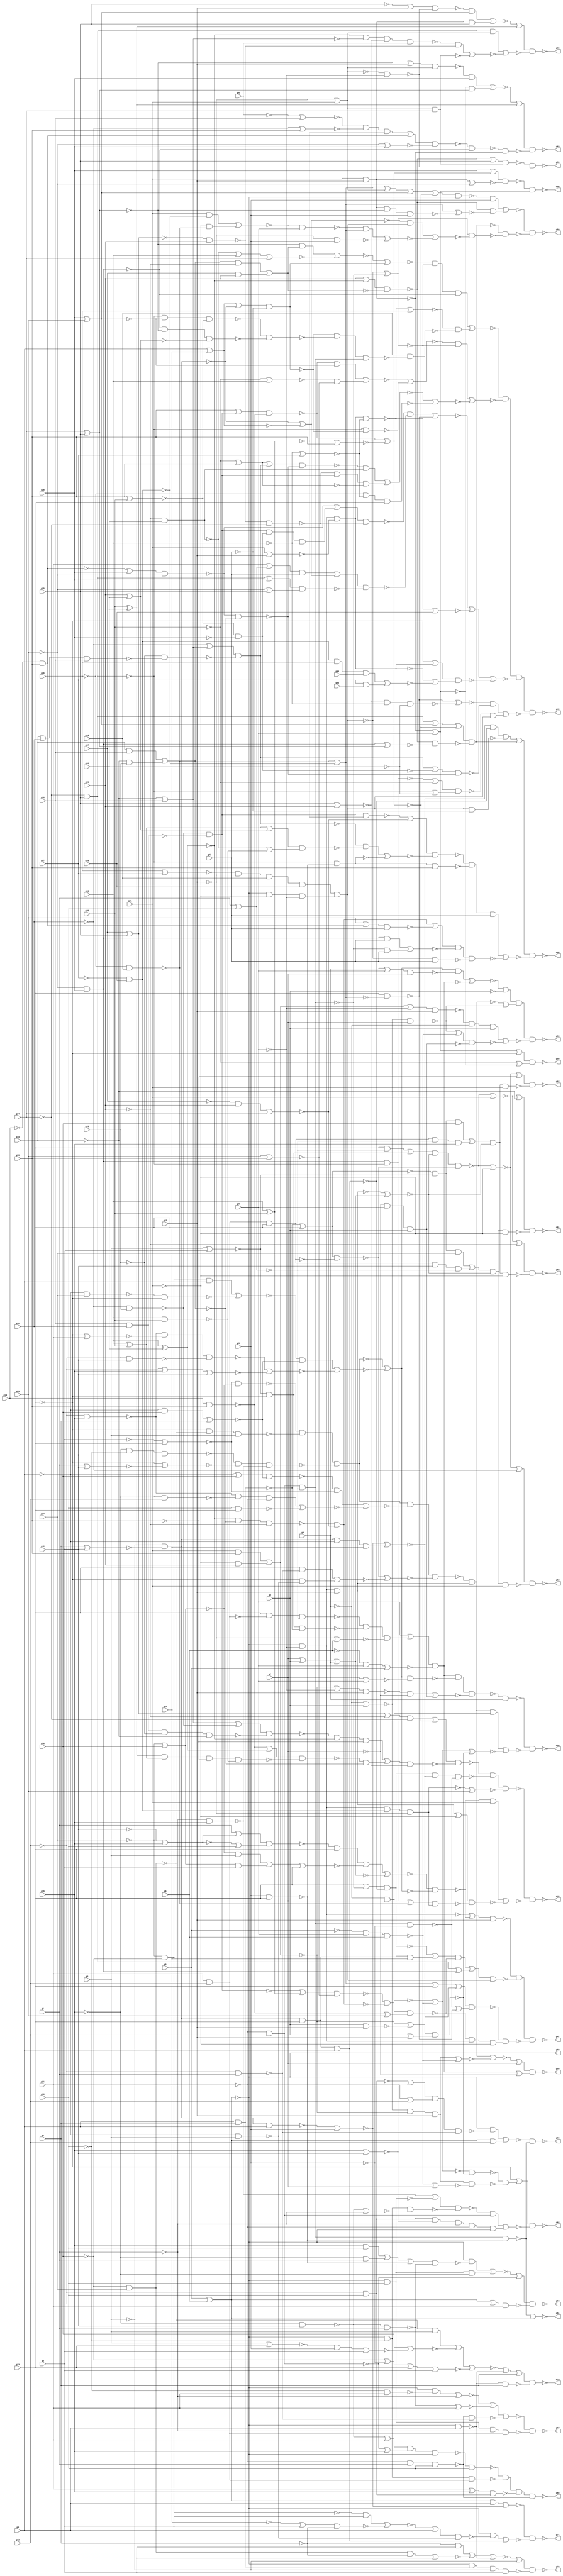
module top ( g0 , g1 , g2 , g3 , g4 , g5 , g6 , g7 , g8 , g9 , g10 , g11 , g12 , g13 , g14 , g15 , g16 , g17 , g18 , g19 , g20 , g21 , g22 , g23 , g24 , g25 , g26 , g27 , g28 , g29 , g30 , g31 , g32 , g33 , g34 , g35 , g36 , g37 , g38 , g39 , g40 , g41 , g42 , g43 , g44 , g45 , g46 , g47 , g48 , g49 , g50 , g51 , g52 , g53 , g54 , g55 , g56 , g57 , g58 , g59 , g60 , g61 , g62 , g63 , g64 , g65 , g66 , g67 , g68 , g69 , g70 , g71 , g72 );
input g0 , g1 , g2 , g3 , g4 , g5 , g6 , g7 , g8 , g9 , g10 , g11 , g12 , g13 , g14 , g15 , g16 , g17 , g18 , g19 , g20 , g21 , g22 , g23 , g24 , g25 , g26 , g27 , g28 , g29 , g30 , g31 , g32 , g33 , g34 , g35 , g36 , g37 , g38 , g39 , g40 , g41 , g42 , g43 , g44 , g45 ;
output g46 , g47 , g48 , g49 , g50 , g51 , g52 , g53 , g54 , g55 , g56 , g57 , g58 , g59 , g60 , g61 , g62 , g63 , g64 , g65 , g66 , g67 , g68 , g69 , g70 , g71 , g72 ;

wire n1 , n2 , n3 , n4 , n5 , n6 , n7 , n8 , n9 , 
     n10 , n11 , n12 , n13 , n14 , n15 , n16 , n17 , n18 , n19 , 
     n20 , n21 , n22 , n23 , n24 , n25 , n26 , n27 , n28 , n29 , 
     n30 , n31 , n32 , n33 , n34 , n35 , n36 , n37 , n38 , n39 , 
     n40 , n41 , n42 , n43 , n44 , n45 , n46 , n47 , n48 , n49 , 
     n50 , n51 , n52 , n53 , n54 , n55 , n56 , n57 , n58 , n59 , 
     n60 , n61 , n62 , n63 , n64 , n65 , n66 , n67 , n68 , n69 , 
     n70 , n71 , n72 , n73 , n74 , n75 , n76 , n77 , n78 , n79 , 
     n80 , n81 , n82 , n83 , n84 , n85 , n86 , n87 , n88 , n89 , 
     n90 , n91 , n92 , n93 , n94 , n95 , n96 , n97 , n98 , n99 , 
     n100 , n101 , n102 , n103 , n104 , n105 , n106 , n107 , n108 , n109 , 
     n110 , n111 , n112 , n113 , n114 , n115 , n116 , n117 , n118 , n119 , 
     n120 , n121 , n122 , n123 , n124 , n125 , n126 , n127 , n128 , n129 , 
     n130 , n131 , n132 , n133 , n134 , n135 , n136 , n137 , n138 , n139 , 
     n140 , n141 , n142 , n143 , n144 , n145 , n146 , n147 , n148 , n149 , 
     n150 , n151 , n152 , n153 , n154 , n155 , n156 , n157 , n158 , n159 , 
     n160 , n161 , n162 , n163 , n164 , n165 , n166 , n167 , n168 , n169 , 
     n170 , n171 , n172 , n173 , n174 , n175 , n176 , n177 , n178 , n179 , 
     n180 , n181 , n182 , n183 , n184 , n185 , n186 , n187 , n188 , n189 , 
     n190 , n191 , n192 , n193 , n194 , n195 , n196 , n197 , n198 , n199 , 
     n200 , n201 , n202 , n203 , n204 , n205 , n206 , n207 , n208 , n209 , 
     n210 , n211 , n212 , n213 , n214 , n215 , n216 , n217 , n218 , n219 , 
     n220 , n221 , n222 , n223 , n224 , n225 , n226 , n227 , n228 , n229 , 
     n230 , n231 , n232 , n233 , n234 , n235 , n236 , n237 , n238 , n239 , 
     n240 , n241 , n242 , n243 , n244 , n245 , n246 , n247 , n248 , n249 , 
     n250 , n251 , n252 , n253 , n254 , n255 , n256 , n257 , n258 , n259 , 
     n260 , n261 , n262 , n263 , n264 , n265 , n266 , n267 , n268 , n269 , 
     n270 , n271 , n272 , n273 , n274 , n275 , n276 , n277 , n278 , n279 , 
     n280 , n281 , n282 , n283 , n284 , n285 , n286 , n287 , n288 , n289 , 
     n290 , n291 , n292 , n293 , n294 , n295 , n296 , n297 , n298 , n299 , 
     n300 , n301 , n302 , n303 , n304 , n305 , n306 , n307 , n308 , n309 , 
     n310 , n311 , n312 , n313 , n314 , n315 , n316 , n317 , n318 , n319 , 
     n320 , n321 , n322 , n323 , n324 , n325 , n326 , n327 , n328 , n329 , 
     n330 , n331 , n332 , n333 , n334 , n335 , n336 , n337 , n338 , n339 , 
     n340 , n341 , n342 , n343 , n344 , n345 , n346 , n347 , n348 , n349 , 
     n350 , n351 , n352 , n353 , n354 , n355 , n356 , n357 , n358 , n359 , 
     n360 , n361 , n362 , n363 , n364 , n365 , n366 , n367 , n368 , n369 , 
     n370 , n371 , n372 , n373 , n374 , n375 , n376 , n377 , n378 , n379 , 
     n380 , n381 , n382 , n383 , n384 , n385 , n386 , n387 , n388 , n389 , 
     n390 , n391 , n392 , n393 , n394 , n395 , n396 , n397 , n398 , n399 , 
     n400 , n401 , n402 , n403 , n404 , n405 , n406 , n407 , n408 , n409 , 
     n410 , n411 , n412 , n413 , n414 , n415 , n416 , n417 , n418 , n419 , 
     n420 , n421 , n422 , n423 , n424 , n425 , n426 , n427 , n428 , n429 , 
     n430 , n431 , n432 , n433 , n434 , n435 , n436 , n437 , n438 , n439 , 
     n440 , n441 , n442 , n443 , n444 , n445 , n446 , n447 , n448 , n449 , 
     n450 , n451 , n452 , n453 , n454 , n455 , n456 , n457 , n458 , n459 , 
     n460 , n461 , n462 , n463 , n464 , n465 , n466 , n467 , n468 , n469 , 
     n470 , n471 , n472 , n473 , n474 , n475 , n476 , n477 , n478 , n479 , 
     n480 , n481 , n482 , n483 , n484 , n485 , n486 , n487 , n488 , n489 , 
     n490 , n491 , n492 , n493 , n494 , n495 , n496 , n497 , n498 , n499 , 
     n500 , n501 , n502 , n503 , n504 , n505 , n506 , n507 , n508 , n509 , 
     n510 , n511 , n512 , n513 , n514 , n515 , n516 , n517 , n518 , n519 , 
     n520 , n521 , n522 , n523 , n524 , n525 , n526 , n527 , n528 , n529 , 
     n530 , n531 , n532 , n533 , n534 , n535 , n536 , n537 , n538 , n539 , 
     n540 , n541 , n542 , n543 , n544 , n545 , n546 , n547 , n548 , n549 , 
     n550 , n551 , n552 , n553 , n554 , n555 , n556 , n557 , n558 , n559 , 
     n560 , n561 , n562 , n563 , n564 , n565 , n566 , n567 , n568 , n569 , 
     n570 , n571 , n572 , n573 , n574 , n575 , n576 , n577 , n578 , n579 , 
     n580 , n581 , n582 , n583 , n584 , n585 , n586 , n587 , n588 , n589 , 
     n590 , n591 , n592 , n593 , n594 , n595 , n596 , n597 , n598 , n599 , 
     n600 , n601 , n602 , n603 , n604 , n605 , n606 , n607 , n608 , n609 , 
     n610 , n611 , n612 , n613 , n614 , n615 , n616 , n617 , n618 , n619 , 
     n620 , n621 , n622 , n623 , n624 , n625 , n626 , n627 , n628 , n629 , 
     n630 , n631 , n632 , n633 , n634 , n635 , n636 , n637 , n638 , n639 , 
     n640 , n641 , n642 , n643 , n644 , n645 , n646 , n647 , n648 , n649 , 
     n650 , n651 , n652 , n653 , n654 , n655 , n656 , n657 , n658 , n659 , 
     n660 , n661 , n662 , n663 , n664 , n665 , n666 , n667 , n668 , n669 , 
     n670 , n671 , n672 , n673 , n674 , n675 , n676 , n677 , n678 , n679 , 
     n680 , n681 , n682 , n683 , n684 , n685 , n686 , n687 , n688 , n689 , 
     n690 , n691 , n692 , n693 , n694 , n695 , n696 , n697 , n698 , n699 , 
     n700 , n701 , n702 , n703 , n704 , n705 , n706 , n707 , n708 , n709 , 
     n710 , n711 , n712 , n713 , n714 , n715 , n716 , n717 , n718 , n719 , 
     n720 , n721 , n722 , n723 , n724 , n725 , n726 , n727 , n728 , n729 , 
     n730 , n731 , n732 , n733 , n734 , n735 , n736 , n737 , n738 , n739 , 
     n740 , n741 , n742 , n743 , n744 , n745 , n746 , n747 , n748 , n749 , 
     n750 , n751 , n752 , n753 , n754 , n755 , n756 , n757 , n758 , n759 , 
     n760 , n761 , n762 , n763 , n764 , n765 , n766 , n767 , n768 , n769 , 
     n770 , n771 , n772 , n773 , n774 , n775 , n776 , n777 , n778 , n779 , 
     n780 , n781 , n782 , n783 , n784 , n785 , n786 , n787 , n788 , n789 , 
     n790 , n791 , n792 , n793 , n794 , n795 , n796 ;
buf ( n1 , g0 );
buf ( n2 , g1 );
buf ( n3 , g2 );
buf ( n4 , g3 );
buf ( n5 , g4 );
buf ( n6 , g5 );
buf ( n7 , g6 );
buf ( n8 , g7 );
buf ( n9 , g8 );
buf ( n10 , g9 );
buf ( n11 , g10 );
buf ( n12 , g11 );
buf ( n13 , g12 );
buf ( n14 , g13 );
buf ( n15 , g14 );
buf ( n16 , g15 );
buf ( n17 , g16 );
buf ( n18 , g17 );
buf ( n19 , g18 );
buf ( n20 , g19 );
buf ( n21 , g20 );
buf ( n22 , g21 );
buf ( n23 , g22 );
buf ( n24 , g23 );
buf ( n25 , g24 );
buf ( n26 , g25 );
buf ( n27 , g26 );
buf ( n28 , g27 );
buf ( n29 , g28 );
buf ( n30 , g29 );
buf ( n31 , g30 );
buf ( n32 , g31 );
buf ( n33 , g32 );
buf ( n34 , g33 );
buf ( n35 , g34 );
buf ( n36 , g35 );
buf ( n37 , g36 );
buf ( n38 , g37 );
buf ( n39 , g38 );
buf ( n40 , g39 );
buf ( n41 , g40 );
buf ( n42 , g41 );
buf ( n43 , g42 );
buf ( n44 , g43 );
buf ( n45 , g44 );
buf ( n46 , g45 );
buf ( g46 , n47 );
buf ( g47 , n48 );
buf ( g48 , n49 );
buf ( g49 , n50 );
buf ( g50 , n51 );
buf ( g51 , n52 );
buf ( g52 , n53 );
buf ( g53 , n54 );
buf ( g54 , n55 );
buf ( g55 , n56 );
buf ( g56 , n57 );
buf ( g57 , n58 );
buf ( g58 , n59 );
buf ( g59 , n60 );
buf ( g60 , n61 );
buf ( g61 , n62 );
buf ( g62 , n63 );
buf ( g63 , n64 );
buf ( g64 , n65 );
buf ( g65 , n66 );
buf ( g66 , n67 );
buf ( g67 , n68 );
buf ( g68 , n69 );
buf ( g69 , n70 );
buf ( g70 , n71 );
buf ( g71 , n72 );
buf ( g72 , n73 );
buf ( n47 , n383 );
buf ( n48 , n237 );
buf ( n49 , n606 );
buf ( n50 , n505 );
buf ( n51 , n569 );
buf ( n52 , n793 );
buf ( n53 , n624 );
buf ( n54 , n521 );
buf ( n55 , n316 );
buf ( n56 , n325 );
buf ( n57 , n693 );
buf ( n58 , n631 );
buf ( n59 , n796 );
buf ( n60 , n729 );
buf ( n61 , n636 );
buf ( n62 , n640 );
buf ( n63 , n686 );
buf ( n64 , n659 );
buf ( n65 , n744 );
buf ( n66 , n709 );
buf ( n67 , n784 );
buf ( n68 , n792 );
buf ( n69 , n766 );
buf ( n70 , n531 );
buf ( n71 , n755 );
buf ( n72 , n725 );
buf ( n73 , n776 );
nor ( n76 , n6 , n7 );
not ( n77 , n31 );
nand ( n78 , n76 , n77 );
not ( n79 , n78 );
not ( n80 , n79 );
not ( n81 , n2 );
not ( n82 , n81 );
not ( n83 , n41 );
nor ( n84 , n83 , n40 );
not ( n85 , n84 );
or ( n86 , n82 , n85 );
or ( n87 , n84 , n11 );
nand ( n88 , n86 , n87 );
and ( n89 , n88 , n24 );
not ( n90 , n38 );
nor ( n91 , n90 , n39 );
and ( n92 , n91 , n4 );
not ( n93 , n91 );
and ( n94 , n93 , n5 );
or ( n95 , n92 , n94 );
nor ( n96 , n95 , n24 );
or ( n97 , n8 , n9 , n10 );
not ( n98 , n97 );
nor ( n99 , n89 , n96 , n98 );
not ( n100 , n5 );
nor ( n101 , n100 , n24 );
not ( n102 , n38 );
nor ( n103 , n102 , n39 );
nand ( n104 , n101 , n103 );
not ( n105 , n24 );
not ( n106 , n39 );
nand ( n107 , n106 , n38 );
nand ( n108 , n105 , n107 , n4 );
not ( n109 , n40 );
not ( n110 , n11 );
nand ( n111 , n109 , n110 , n41 );
not ( n112 , n24 );
nor ( n113 , n2 , n41 );
nor ( n114 , n112 , n113 );
not ( n115 , n2 );
nand ( n116 , n115 , n40 );
nand ( n117 , n111 , n114 , n116 );
nand ( n118 , n104 , n108 , n117 );
not ( n119 , n38 );
not ( n120 , n39 );
nand ( n121 , n119 , n120 );
not ( n122 , n121 );
and ( n123 , n122 , n1 );
not ( n124 , n1 );
nand ( n125 , n124 , n38 );
not ( n126 , n24 );
nand ( n127 , n125 , n126 );
nor ( n128 , n123 , n127 );
not ( n129 , n1 );
and ( n130 , n129 , n39 );
nor ( n131 , n130 , n3 );
and ( n132 , n128 , n131 );
not ( n133 , n13 );
nand ( n134 , n133 , n40 );
not ( n135 , n24 );
nor ( n136 , n135 , n12 );
not ( n137 , n13 );
nand ( n138 , n137 , n41 );
nand ( n139 , n134 , n136 , n138 );
not ( n140 , n13 );
nor ( n141 , n140 , n40 , n41 );
nor ( n142 , n139 , n141 );
nor ( n143 , n132 , n142 );
nor ( n144 , n118 , n143 );
and ( n145 , n99 , n144 );
not ( n146 , n145 );
or ( n147 , n80 , n146 );
nand ( n148 , n147 , n23 );
not ( n149 , n126 );
not ( n150 , n12 );
nand ( n151 , n150 , n13 );
not ( n152 , n151 );
nor ( n153 , n2 , n11 );
nand ( n154 , n152 , n153 );
not ( n155 , n154 );
not ( n156 , n155 );
or ( n157 , n149 , n156 );
not ( n158 , n4 );
nor ( n159 , n3 , n5 );
nand ( n160 , n158 , n159 );
not ( n161 , n160 );
nand ( n162 , n161 , n24 , n1 );
nand ( n163 , n157 , n162 );
not ( n164 , n160 );
and ( n165 , n164 , n24 , n42 );
or ( n166 , n163 , n165 );
not ( n167 , n33 );
nand ( n168 , n167 , n16 );
nand ( n169 , n19 , n33 );
nand ( n170 , n168 , n169 );
not ( n171 , n170 );
not ( n172 , n171 );
xor ( n173 , n14 , n36 );
not ( n174 , n173 );
not ( n175 , n174 );
or ( n176 , n172 , n175 );
nor ( n177 , n30 , n34 );
nand ( n178 , n176 , n177 );
xor ( n179 , n14 , n37 );
not ( n180 , n179 );
and ( n181 , n35 , n19 );
not ( n182 , n35 );
and ( n183 , n182 , n16 );
nor ( n184 , n181 , n183 );
not ( n185 , n32 );
nand ( n186 , n180 , n184 , n185 );
not ( n187 , n18 );
and ( n188 , n187 , n32 );
nor ( n189 , n188 , n25 );
nand ( n190 , n186 , n189 );
nand ( n191 , n20 , n34 );
or ( n192 , n191 , n30 );
nand ( n193 , n178 , n190 , n192 );
nand ( n194 , n166 , n193 );
not ( n195 , n194 );
not ( n196 , n25 );
nand ( n197 , n196 , n26 );
not ( n198 , n197 );
not ( n199 , n30 );
nand ( n200 , n199 , n29 );
buf ( n201 , n200 );
not ( n202 , n201 );
nor ( n203 , n198 , n202 );
not ( n204 , n203 );
or ( n205 , n195 , n204 );
nor ( n206 , n27 , n28 );
not ( n207 , n23 );
and ( n208 , n206 , n207 , n15 , n17 );
not ( n209 , n22 );
and ( n210 , n76 , n209 , n77 );
nand ( n211 , n208 , n210 );
not ( n212 , n211 );
nand ( n213 , n205 , n212 );
not ( n214 , n27 );
nand ( n215 , n214 , n15 );
not ( n216 , n28 );
nand ( n217 , n216 , n17 );
nor ( n218 , n215 , n217 );
not ( n219 , n218 );
nor ( n220 , n219 , n24 );
not ( n221 , n220 );
nand ( n222 , n164 , n1 );
nor ( n223 , n222 , n21 );
not ( n224 , n160 );
and ( n225 , n224 , n129 , n42 );
nor ( n226 , n223 , n225 );
not ( n227 , n226 );
not ( n228 , n227 );
or ( n229 , n221 , n228 );
not ( n230 , n21 );
nand ( n231 , n155 , n230 );
nand ( n232 , n24 , n218 );
or ( n233 , n231 , n232 );
nand ( n234 , n229 , n233 );
and ( n235 , n193 , n79 , n209 );
nand ( n236 , n234 , n235 );
nand ( n237 , n148 , n213 , n236 );
not ( n238 , n77 );
nand ( n239 , n12 , n13 );
buf ( n240 , n239 );
nand ( n241 , n24 , n240 , n153 );
nor ( n242 , n4 , n5 );
nand ( n243 , n1 , n3 );
nand ( n244 , n242 , n126 , n243 );
nor ( n245 , n207 , n7 );
nand ( n246 , n241 , n244 , n245 );
not ( n247 , n246 );
or ( n248 , n238 , n247 );
not ( n249 , n7 );
and ( n250 , n249 , n31 );
nor ( n251 , n250 , n6 );
nand ( n252 , n248 , n251 );
not ( n253 , n252 );
not ( n254 , n144 );
nor ( n255 , n8 , n31 );
nand ( n256 , n254 , n255 );
and ( n257 , n22 , n34 );
not ( n258 , n22 );
and ( n259 , n258 , n32 );
nor ( n260 , n257 , n259 );
or ( n261 , n260 , n77 );
nand ( n262 , n261 , n23 );
not ( n263 , n8 );
and ( n264 , n262 , n263 );
nand ( n265 , n263 , n31 , n9 );
not ( n266 , n265 );
nor ( n267 , n264 , n266 );
nand ( n268 , n253 , n256 , n267 );
nand ( n269 , n268 , n10 );
not ( n270 , n118 );
not ( n271 , n1 );
not ( n272 , n120 );
or ( n273 , n271 , n272 );
nand ( n274 , n273 , n131 );
and ( n275 , n274 , n101 );
not ( n276 , n40 );
nand ( n277 , n276 , n13 );
not ( n278 , n12 );
and ( n279 , n134 , n277 , n278 );
nand ( n280 , n11 , n24 );
nor ( n281 , n279 , n280 );
nor ( n282 , n275 , n281 );
nor ( n283 , n243 , n24 );
not ( n284 , n283 );
not ( n285 , n239 );
nand ( n286 , n285 , n24 );
nand ( n287 , n284 , n286 );
not ( n288 , n13 );
nand ( n289 , n288 , n2 );
and ( n290 , n24 , n289 );
not ( n291 , n24 );
not ( n292 , n1 );
nand ( n293 , n292 , n4 );
and ( n294 , n291 , n293 );
nor ( n295 , n290 , n294 );
nor ( n296 , n287 , n295 );
nand ( n297 , n270 , n282 , n296 );
nand ( n298 , n79 , n23 );
not ( n299 , n298 );
nand ( n300 , n297 , n299 );
not ( n301 , n300 );
not ( n302 , n10 );
and ( n303 , n302 , n8 );
and ( n304 , n301 , n303 );
not ( n305 , n303 );
not ( n306 , n6 );
nand ( n307 , n306 , n31 , n7 );
nor ( n308 , n305 , n307 );
not ( n309 , n308 );
nand ( n310 , n9 , n23 );
or ( n311 , n260 , n310 );
or ( n312 , n9 , n23 );
nand ( n313 , n311 , n312 );
nor ( n314 , n309 , n313 );
nor ( n315 , n304 , n314 );
nand ( n316 , n269 , n315 );
not ( n317 , n10 );
nor ( n318 , n317 , n9 );
and ( n319 , n318 , n260 , n23 );
nor ( n320 , n319 , n307 );
nor ( n321 , n301 , n320 );
or ( n322 , n321 , n8 );
not ( n323 , n252 );
or ( n324 , n323 , n263 );
nand ( n325 , n322 , n324 );
nor ( n326 , n18 , n26 );
not ( n327 , n326 );
not ( n328 , n32 );
or ( n329 , n327 , n328 );
not ( n330 , n25 );
nand ( n331 , n329 , n330 );
not ( n332 , n331 );
not ( n333 , n34 );
not ( n334 , n333 );
not ( n335 , n170 );
or ( n336 , n334 , n335 );
nand ( n337 , n336 , n191 );
nor ( n338 , n174 , n34 );
nor ( n339 , n337 , n338 );
not ( n340 , n339 );
not ( n341 , n340 );
or ( n342 , n332 , n341 );
not ( n343 , n35 );
nor ( n344 , n343 , n19 );
not ( n345 , n344 );
not ( n346 , n168 );
not ( n347 , n346 );
or ( n348 , n345 , n347 );
not ( n349 , n169 );
not ( n350 , n16 );
not ( n351 , n35 );
nand ( n352 , n349 , n350 , n351 );
nand ( n353 , n348 , n352 );
and ( n354 , n353 , n180 , n333 );
or ( n355 , n191 , n179 );
xor ( n356 , n36 , n37 );
or ( n357 , n14 , n36 );
nand ( n358 , n14 , n36 );
nand ( n359 , n356 , n357 , n333 , n358 );
nand ( n360 , n355 , n359 );
and ( n361 , n360 , n184 );
nor ( n362 , n354 , n361 );
not ( n363 , n362 );
nor ( n364 , n26 , n32 );
nand ( n365 , n363 , n364 );
nand ( n366 , n342 , n365 );
not ( n367 , n163 );
nand ( n368 , n367 , n226 , n231 );
not ( n369 , n217 );
nand ( n370 , n79 , n369 , n207 );
nor ( n371 , n370 , n30 );
nand ( n372 , n366 , n368 , n371 );
not ( n373 , n145 );
and ( n374 , n373 , n22 );
or ( n375 , n299 , n209 );
not ( n376 , n200 );
and ( n377 , n376 , n197 );
or ( n378 , n377 , n215 );
not ( n379 , n370 );
nand ( n380 , n378 , n379 );
nand ( n381 , n375 , n380 );
nor ( n382 , n374 , n381 );
nand ( n383 , n372 , n382 );
nor ( n384 , n25 , n26 );
not ( n385 , n184 );
not ( n386 , n32 );
and ( n387 , n385 , n386 );
and ( n388 , n18 , n32 );
nor ( n389 , n387 , n388 );
not ( n390 , n389 );
and ( n391 , n384 , n390 );
nand ( n392 , n185 , n37 );
nor ( n393 , n392 , n14 , n25 );
nor ( n394 , n391 , n393 );
nor ( n395 , n1 , n42 );
not ( n396 , n395 );
not ( n397 , n224 );
or ( n398 , n396 , n397 );
not ( n399 , n43 );
nand ( n400 , n398 , n399 );
not ( n401 , n400 );
nor ( n402 , n394 , n401 );
nor ( n403 , n211 , n154 );
buf ( n404 , n403 );
and ( n405 , n402 , n404 , n201 );
nor ( n406 , n22 , n23 );
nand ( n407 , n79 , n406 );
not ( n408 , n407 );
not ( n409 , n14 );
nor ( n410 , n409 , n28 );
nand ( n411 , n408 , n410 );
nor ( n412 , n411 , n27 );
nor ( n413 , n29 , n30 );
nor ( n414 , n34 , n36 );
nand ( n415 , n197 , n413 , n414 );
nor ( n416 , n32 , n37 );
nand ( n417 , n200 , n384 , n416 );
nand ( n418 , n415 , n417 );
nand ( n419 , n400 , n418 , n155 );
nand ( n420 , n15 , n419 );
and ( n421 , n412 , n420 );
nor ( n422 , n405 , n421 );
and ( n423 , n337 , n413 );
not ( n424 , n36 );
nor ( n425 , n424 , n14 );
and ( n426 , n425 , n177 );
nor ( n427 , n423 , n426 );
nand ( n428 , n197 , n400 );
nor ( n429 , n427 , n428 );
and ( n430 , n429 , n404 );
nor ( n431 , n424 , n34 );
not ( n432 , n431 );
not ( n433 , n33 );
not ( n434 , n344 );
or ( n435 , n433 , n434 );
not ( n436 , n16 );
or ( n437 , n35 , n33 );
nand ( n438 , n437 , n19 );
nand ( n439 , n436 , n438 );
nand ( n440 , n435 , n439 );
not ( n441 , n440 );
or ( n442 , n432 , n441 );
not ( n443 , n20 );
nand ( n444 , n443 , n34 );
or ( n445 , n444 , n29 );
nand ( n446 , n445 , n199 );
nand ( n447 , n446 , n184 );
nand ( n448 , n442 , n447 );
not ( n449 , n392 );
and ( n450 , n448 , n449 );
nand ( n451 , n326 , n32 );
nand ( n452 , n451 , n330 );
and ( n453 , n452 , n171 , n431 );
nor ( n454 , n450 , n453 );
not ( n455 , n27 );
nand ( n456 , n455 , n410 , n24 );
nor ( n457 , n454 , n456 );
nor ( n458 , n430 , n457 );
not ( n459 , n446 );
not ( n460 , n459 );
not ( n461 , n29 );
and ( n462 , n414 , n461 );
nand ( n463 , n171 , n462 , n409 );
not ( n464 , n463 );
or ( n465 , n460 , n464 );
nand ( n466 , n465 , n452 );
not ( n467 , n278 );
not ( n468 , n153 );
or ( n469 , n467 , n468 );
nand ( n470 , n469 , n43 );
not ( n471 , n470 );
nor ( n472 , n160 , n395 );
not ( n473 , n472 );
or ( n474 , n471 , n473 );
or ( n475 , n198 , n29 );
or ( n476 , n199 , n26 );
nand ( n477 , n475 , n476 );
nand ( n478 , n474 , n477 );
and ( n479 , n466 , n478 );
nor ( n480 , n479 , n232 );
nor ( n481 , n411 , n17 );
not ( n482 , n24 );
not ( n483 , n407 );
or ( n484 , n482 , n483 );
and ( n485 , n369 , n27 , n45 );
and ( n486 , n28 , n44 );
nor ( n487 , n485 , n486 );
or ( n488 , n407 , n487 );
nand ( n489 , n484 , n488 );
nor ( n490 , n480 , n481 , n489 );
not ( n491 , n37 );
nand ( n492 , n364 , n409 , n491 );
nor ( n493 , n232 , n492 );
not ( n494 , n440 );
not ( n495 , n462 );
or ( n496 , n494 , n495 );
nand ( n497 , n496 , n447 );
and ( n498 , n493 , n497 );
not ( n499 , n377 );
or ( n500 , n499 , n424 );
or ( n501 , n197 , n491 );
nand ( n502 , n500 , n501 );
and ( n503 , n502 , n212 );
nor ( n504 , n498 , n503 );
nand ( n505 , n422 , n458 , n490 , n504 );
or ( n506 , n10 , n31 );
nand ( n507 , n506 , n8 );
and ( n508 , n254 , n507 );
nor ( n509 , n508 , n252 );
not ( n510 , n9 );
or ( n511 , n509 , n510 );
nand ( n512 , n318 , n8 );
or ( n513 , n300 , n512 );
not ( n514 , n260 );
or ( n515 , n514 , n77 );
nand ( n516 , n515 , n23 );
and ( n517 , n516 , n302 , n9 );
or ( n518 , n512 , n307 );
nand ( n519 , n518 , n265 );
nor ( n520 , n517 , n519 );
nand ( n521 , n511 , n513 , n520 );
not ( n522 , n23 );
nor ( n523 , n522 , n22 );
not ( n524 , n523 );
not ( n525 , n413 );
nor ( n526 , n219 , n524 , n525 );
not ( n527 , n526 );
not ( n528 , n340 );
or ( n529 , n527 , n528 );
nor ( n530 , n6 , n7 );
buf ( n531 , n530 );
not ( n532 , n531 );
not ( n533 , n532 );
not ( n534 , n533 );
not ( n535 , n534 );
nand ( n536 , n529 , n535 );
and ( n537 , n536 , n21 );
not ( n538 , n185 );
not ( n539 , n179 );
or ( n540 , n538 , n539 );
nand ( n541 , n540 , n389 );
nand ( n542 , n22 , n23 );
not ( n543 , n542 );
nand ( n544 , n543 , n384 , n21 );
nor ( n545 , n219 , n544 );
and ( n546 , n541 , n545 );
nor ( n547 , n537 , n546 );
nor ( n548 , n198 , n525 );
not ( n549 , n548 );
not ( n550 , n340 );
or ( n551 , n549 , n550 );
not ( n552 , n384 );
nor ( n553 , n202 , n552 );
nand ( n554 , n541 , n553 );
nand ( n555 , n551 , n554 );
not ( n556 , n403 );
and ( n557 , n472 , n212 );
and ( n558 , n22 , n217 );
not ( n559 , n22 );
and ( n560 , n559 , n215 );
nor ( n561 , n558 , n560 );
nand ( n562 , n561 , n31 );
and ( n563 , n562 , n219 );
nand ( n564 , n207 , n21 );
nor ( n565 , n563 , n564 );
nor ( n566 , n557 , n565 );
nand ( n567 , n556 , n566 );
nand ( n568 , n555 , n567 );
nand ( n569 , n547 , n568 );
and ( n570 , n226 , n162 );
nand ( n571 , n212 , n399 );
nor ( n572 , n570 , n571 );
not ( n573 , n572 );
not ( n574 , n555 );
or ( n575 , n573 , n574 );
nand ( n576 , n171 , n174 );
or ( n577 , n576 , n189 );
nor ( n578 , n14 , n36 );
not ( n579 , n578 );
not ( n580 , n416 );
or ( n581 , n579 , n580 );
or ( n582 , n392 , n358 );
nand ( n583 , n581 , n582 );
and ( n584 , n440 , n583 );
nand ( n585 , n21 , n24 );
nand ( n586 , n197 , n585 );
nor ( n587 , n584 , n586 );
nand ( n588 , n577 , n587 );
not ( n589 , n586 );
nand ( n590 , n589 , n34 );
and ( n591 , n588 , n590 , n43 );
not ( n592 , n190 );
not ( n593 , n199 );
not ( n594 , n444 );
or ( n595 , n593 , n594 );
nand ( n596 , n595 , n43 );
or ( n597 , n592 , n596 );
not ( n598 , n201 );
not ( n599 , n399 );
and ( n600 , n598 , n599 );
and ( n601 , n154 , n43 );
nor ( n602 , n600 , n601 );
nand ( n603 , n211 , n43 );
nand ( n604 , n597 , n602 , n603 );
nor ( n605 , n591 , n604 );
nand ( n606 , n575 , n605 );
and ( n607 , n24 , n153 );
not ( n608 , n24 );
and ( n609 , n608 , n242 );
nor ( n610 , n607 , n609 );
not ( n611 , n610 );
nor ( n612 , n298 , n97 );
nand ( n613 , n611 , n612 , n287 );
nor ( n614 , n613 , n209 );
not ( n615 , n33 );
or ( n616 , n614 , n615 );
and ( n617 , n283 , n242 , n38 );
not ( n618 , n286 );
and ( n619 , n618 , n41 , n153 );
nor ( n620 , n617 , n619 );
not ( n621 , n620 );
buf ( n622 , n612 );
nand ( n623 , n621 , n622 , n22 );
nand ( n624 , n616 , n623 );
or ( n625 , n614 , n333 );
and ( n626 , n283 , n242 , n39 );
and ( n627 , n618 , n153 , n40 );
nor ( n628 , n626 , n627 );
not ( n629 , n628 );
nand ( n630 , n629 , n622 , n22 );
nand ( n631 , n625 , n630 );
nor ( n632 , n613 , n22 );
or ( n633 , n632 , n185 );
not ( n634 , n628 );
nand ( n635 , n634 , n622 , n209 );
nand ( n636 , n633 , n635 );
or ( n637 , n632 , n351 );
not ( n638 , n620 );
nand ( n639 , n638 , n622 , n209 );
nand ( n640 , n637 , n639 );
or ( n641 , n384 , n23 );
nand ( n642 , n641 , n524 );
and ( n643 , n642 , n29 );
nor ( n644 , n542 , n31 );
and ( n645 , n644 , n552 );
nor ( n646 , n643 , n645 );
or ( n647 , n646 , n356 );
not ( n648 , n46 );
nor ( n649 , n648 , n19 );
nor ( n650 , n615 , n34 );
nand ( n651 , n649 , n650 , n174 );
not ( n652 , n651 );
not ( n653 , n444 );
or ( n654 , n652 , n653 );
nor ( n655 , n199 , n29 );
nand ( n656 , n654 , n655 );
nand ( n657 , n656 , n201 );
nand ( n658 , n657 , n542 );
nand ( n659 , n647 , n658 );
not ( n660 , n24 );
nand ( n661 , n308 , n313 );
nor ( n662 , n307 , n8 );
nand ( n663 , n319 , n662 );
nand ( n664 , n661 , n663 );
not ( n665 , n664 );
or ( n666 , n660 , n665 );
not ( n667 , n116 );
not ( n668 , n667 );
and ( n669 , n530 , n11 );
not ( n670 , n669 );
or ( n671 , n668 , n670 );
and ( n672 , n530 , n110 );
not ( n673 , n40 );
nand ( n674 , n673 , n41 );
nor ( n675 , n674 , n81 );
nand ( n676 , n672 , n675 );
nand ( n677 , n671 , n676 );
and ( n678 , n677 , n152 );
not ( n679 , n13 );
nand ( n680 , n679 , n11 );
not ( n681 , n680 );
nor ( n682 , n40 , n41 );
and ( n683 , n681 , n682 , n81 , n278 );
and ( n684 , n683 , n533 );
nor ( n685 , n678 , n684 );
nand ( n686 , n666 , n685 );
not ( n687 , n461 );
not ( n688 , n339 );
or ( n689 , n687 , n688 );
nor ( n690 , n543 , n199 );
nand ( n691 , n689 , n690 );
not ( n692 , n644 );
nand ( n693 , n691 , n692 );
not ( n694 , n26 );
not ( n695 , n207 );
or ( n696 , n694 , n695 );
nand ( n697 , n523 , n77 );
nand ( n698 , n696 , n697 );
and ( n699 , n698 , n525 );
and ( n700 , n543 , n26 );
nor ( n701 , n699 , n700 );
or ( n702 , n701 , n356 );
and ( n703 , n198 , n524 );
nand ( n704 , n180 , n344 , n364 , n46 );
and ( n705 , n704 , n451 );
nand ( n706 , n524 , n25 );
nor ( n707 , n705 , n706 );
nor ( n708 , n703 , n707 );
nand ( n709 , n702 , n708 );
and ( n710 , n532 , n1 );
nor ( n711 , n710 , n223 );
not ( n712 , n531 );
not ( n713 , n712 );
and ( n714 , n121 , n5 );
not ( n715 , n42 );
or ( n716 , n715 , n5 );
not ( n717 , n3 );
nand ( n718 , n716 , n717 );
nor ( n719 , n714 , n718 );
or ( n720 , n719 , n1 );
nand ( n721 , n720 , n293 );
and ( n722 , n713 , n721 );
not ( n723 , n162 );
nor ( n724 , n722 , n723 );
nand ( n725 , n711 , n724 );
or ( n726 , n541 , n26 );
not ( n727 , n706 );
nand ( n728 , n726 , n727 );
nand ( n729 , n728 , n697 );
and ( n730 , n40 , n11 );
not ( n731 , n40 );
and ( n732 , n731 , n2 );
or ( n733 , n730 , n732 );
or ( n734 , n733 , n585 );
nand ( n735 , n674 , n2 );
nand ( n736 , n734 , n735 );
and ( n737 , n533 , n736 );
and ( n738 , n669 , n673 );
nor ( n739 , n737 , n738 );
or ( n740 , n739 , n151 );
not ( n741 , n13 );
or ( n742 , n712 , n741 );
nand ( n743 , n742 , n12 );
nand ( n744 , n740 , n743 );
and ( n745 , n107 , n4 );
nor ( n746 , n4 , n24 );
and ( n747 , n746 , n21 );
nor ( n748 , n747 , n5 );
nor ( n749 , n39 , n748 );
nor ( n750 , n120 , n230 , n24 , n5 );
nor ( n751 , n745 , n749 , n750 );
nand ( n752 , n531 , n1 );
or ( n753 , n751 , n752 , n3 );
nand ( n754 , n752 , n3 );
nand ( n755 , n753 , n754 );
or ( n756 , n674 , n12 );
or ( n757 , n151 , n40 );
nand ( n758 , n756 , n757 , n531 );
nand ( n759 , n758 , n11 );
not ( n760 , n240 );
nand ( n761 , n672 , n760 );
or ( n762 , n12 , n40 );
nand ( n763 , n762 , n681 );
not ( n764 , n12 );
nand ( n765 , n764 , n2 , n11 );
nand ( n766 , n759 , n761 , n763 , n765 );
and ( n767 , n717 , n5 );
not ( n768 , n107 );
and ( n769 , n768 , n717 );
nor ( n770 , n769 , n5 );
nor ( n771 , n767 , n770 , n752 );
not ( n772 , n4 );
or ( n773 , n771 , n772 );
not ( n774 , n243 );
nand ( n775 , n713 , n774 , n772 , n5 );
nand ( n776 , n773 , n775 );
or ( n777 , n680 , n682 );
or ( n778 , n278 , n13 );
nand ( n779 , n777 , n778 , n289 );
and ( n780 , n533 , n779 );
and ( n781 , n532 , n13 );
nor ( n782 , n780 , n781 );
nand ( n783 , n155 , n585 );
nand ( n784 , n782 , n783 );
nand ( n785 , n110 , n12 );
and ( n786 , n531 , n785 );
nor ( n787 , n786 , n81 );
nor ( n788 , n735 , n12 );
nand ( n789 , n765 , n289 );
nor ( n790 , n787 , n788 , n789 );
nand ( n791 , n669 , n81 , n760 );
nand ( n792 , n790 , n791 );
nor ( n793 , n783 , n534 );
or ( n794 , n692 , n126 );
or ( n795 , n424 , n644 );
nand ( n796 , n794 , n795 );
endmodule